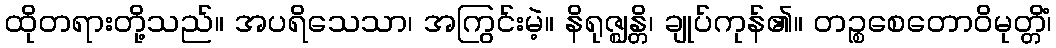
ထိုတရားတို့သည်။ အပရိသေသာ၊ အကြွင်းမဲ့။ နိရုဇ္ဈန္တိ၊ ချုပ်ကုန်၏။ တဉ္စစေတောဝိမုတ္တိံ၊